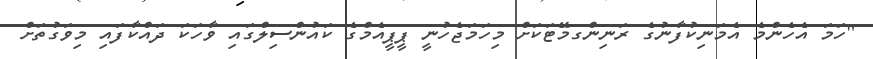
"ހަމަ އެހެންމެ އެމަނިކުފާނުގެ ރަނިންގމޭޓަކަށް މިހަމަޖެހުނީ ޕީޕީއެމްގެ ކައުންސިލްގައި ވާހަކަ ދައްކާފައި މިވަގުތަށް